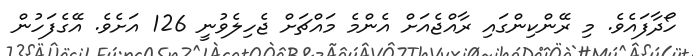
ހޯދާފައެވެ. މި ރޭންކިންގައި ރާއްޖެއަށް އެންމެ މައްޗަށް ޖެހިލެވުނީ 126 އަށެވެ. އޭގެފަހުން